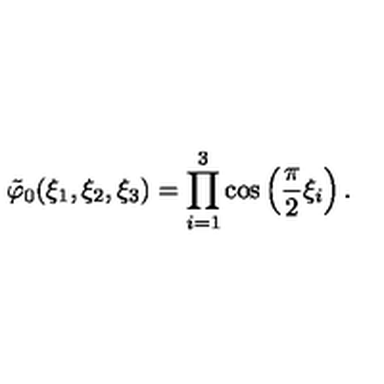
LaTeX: \tilde { \varphi } _ { 0 } ( \xi _ { 1 } , \xi _ { 2 } , \xi _ { 3 } ) = \prod _ { i = 1 } ^ { 3 } \cos \left( \frac { \pi } { 2 } \xi _ { i } \right) .